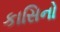
કાસિનો